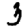
Digit: 3